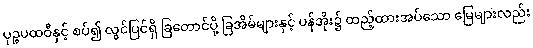
ပုဉ္ဇပထဝီနှင့် စပ်၍ လွင်ပြင်ရှိ ခြတောင်ပို့ ခြအိမ်များနှင့် ပန်အိုး၌ ထည့်ထားအပ်သော မြေများလည်း